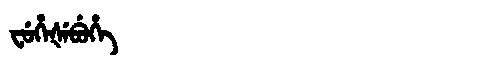
Manchu: ᠸᡠᡥᡝᡧᡝᠪᡠᡥᡝ
Romanization: FUHEŠEBUHE